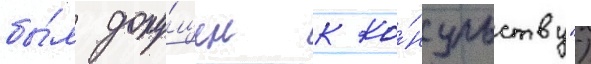
бы́л допу́щен к ко́нсульству")